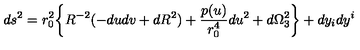
d s ^ { 2 } = r _ { 0 } ^ { 2 } \bigg \{ R ^ { - 2 } ( - d u d v + d R ^ { 2 } ) + { \frac { p ( u ) } { r _ { 0 } ^ { 4 } } } d u ^ { 2 } + d \Omega _ { 3 } ^ { 2 } \biggr \} + d y _ { i } d y ^ { i }